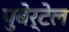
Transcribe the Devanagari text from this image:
पुबेर्टेल